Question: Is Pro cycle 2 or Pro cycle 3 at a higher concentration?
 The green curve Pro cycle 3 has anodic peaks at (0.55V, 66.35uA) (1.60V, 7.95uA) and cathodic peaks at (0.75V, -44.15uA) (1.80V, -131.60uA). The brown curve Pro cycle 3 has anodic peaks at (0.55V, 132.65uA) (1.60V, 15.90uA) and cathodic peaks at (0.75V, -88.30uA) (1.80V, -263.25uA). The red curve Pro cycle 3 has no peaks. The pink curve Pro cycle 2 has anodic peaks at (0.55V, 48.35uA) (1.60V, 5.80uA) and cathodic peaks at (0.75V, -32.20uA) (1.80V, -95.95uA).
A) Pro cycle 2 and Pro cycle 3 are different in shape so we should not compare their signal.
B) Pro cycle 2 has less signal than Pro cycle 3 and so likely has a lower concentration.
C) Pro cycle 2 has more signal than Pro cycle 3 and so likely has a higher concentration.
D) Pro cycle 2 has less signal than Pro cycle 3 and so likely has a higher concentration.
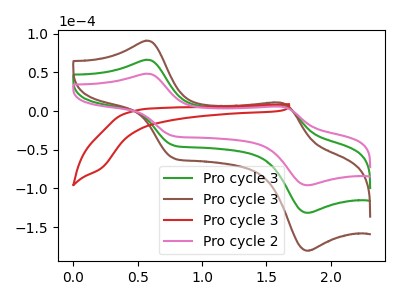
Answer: <think>All the peaks in "Pro cycle 2" have a peak in "Pro cycle 3" at the same potential. Every peak in "Pro cycle 2" is lower than every peak in "Pro cycle 3".
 </think>
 <answer>B) "Pro cycle 2" has less signal than "Pro cycle 3" and so likely has a lower concentration.</answer>
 <eval>B</eval>